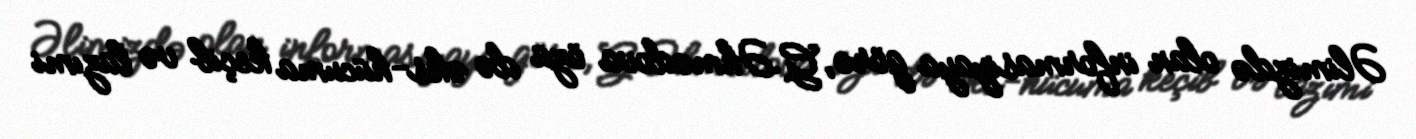
Əlimizdə olan informasiyaya görə, G.Əhmədova özü də əks-hücuma keçib və lazımi